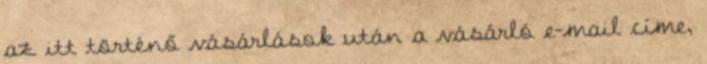
az itt történő vásárlások után a vásárló e-mail címe,